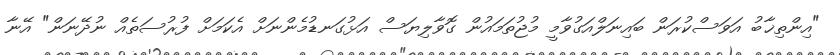
"އިންތިޚާބު އަވަސްކުރަން ބައިނަލްއަގުވާމީ މުޖުތަމައުން ގޮވާލިޔަސް އަޅުގަނޑުމެންނަށް އެކަމަށް ފުރުސަތެއް ނުދޭނަން" އޭނާ